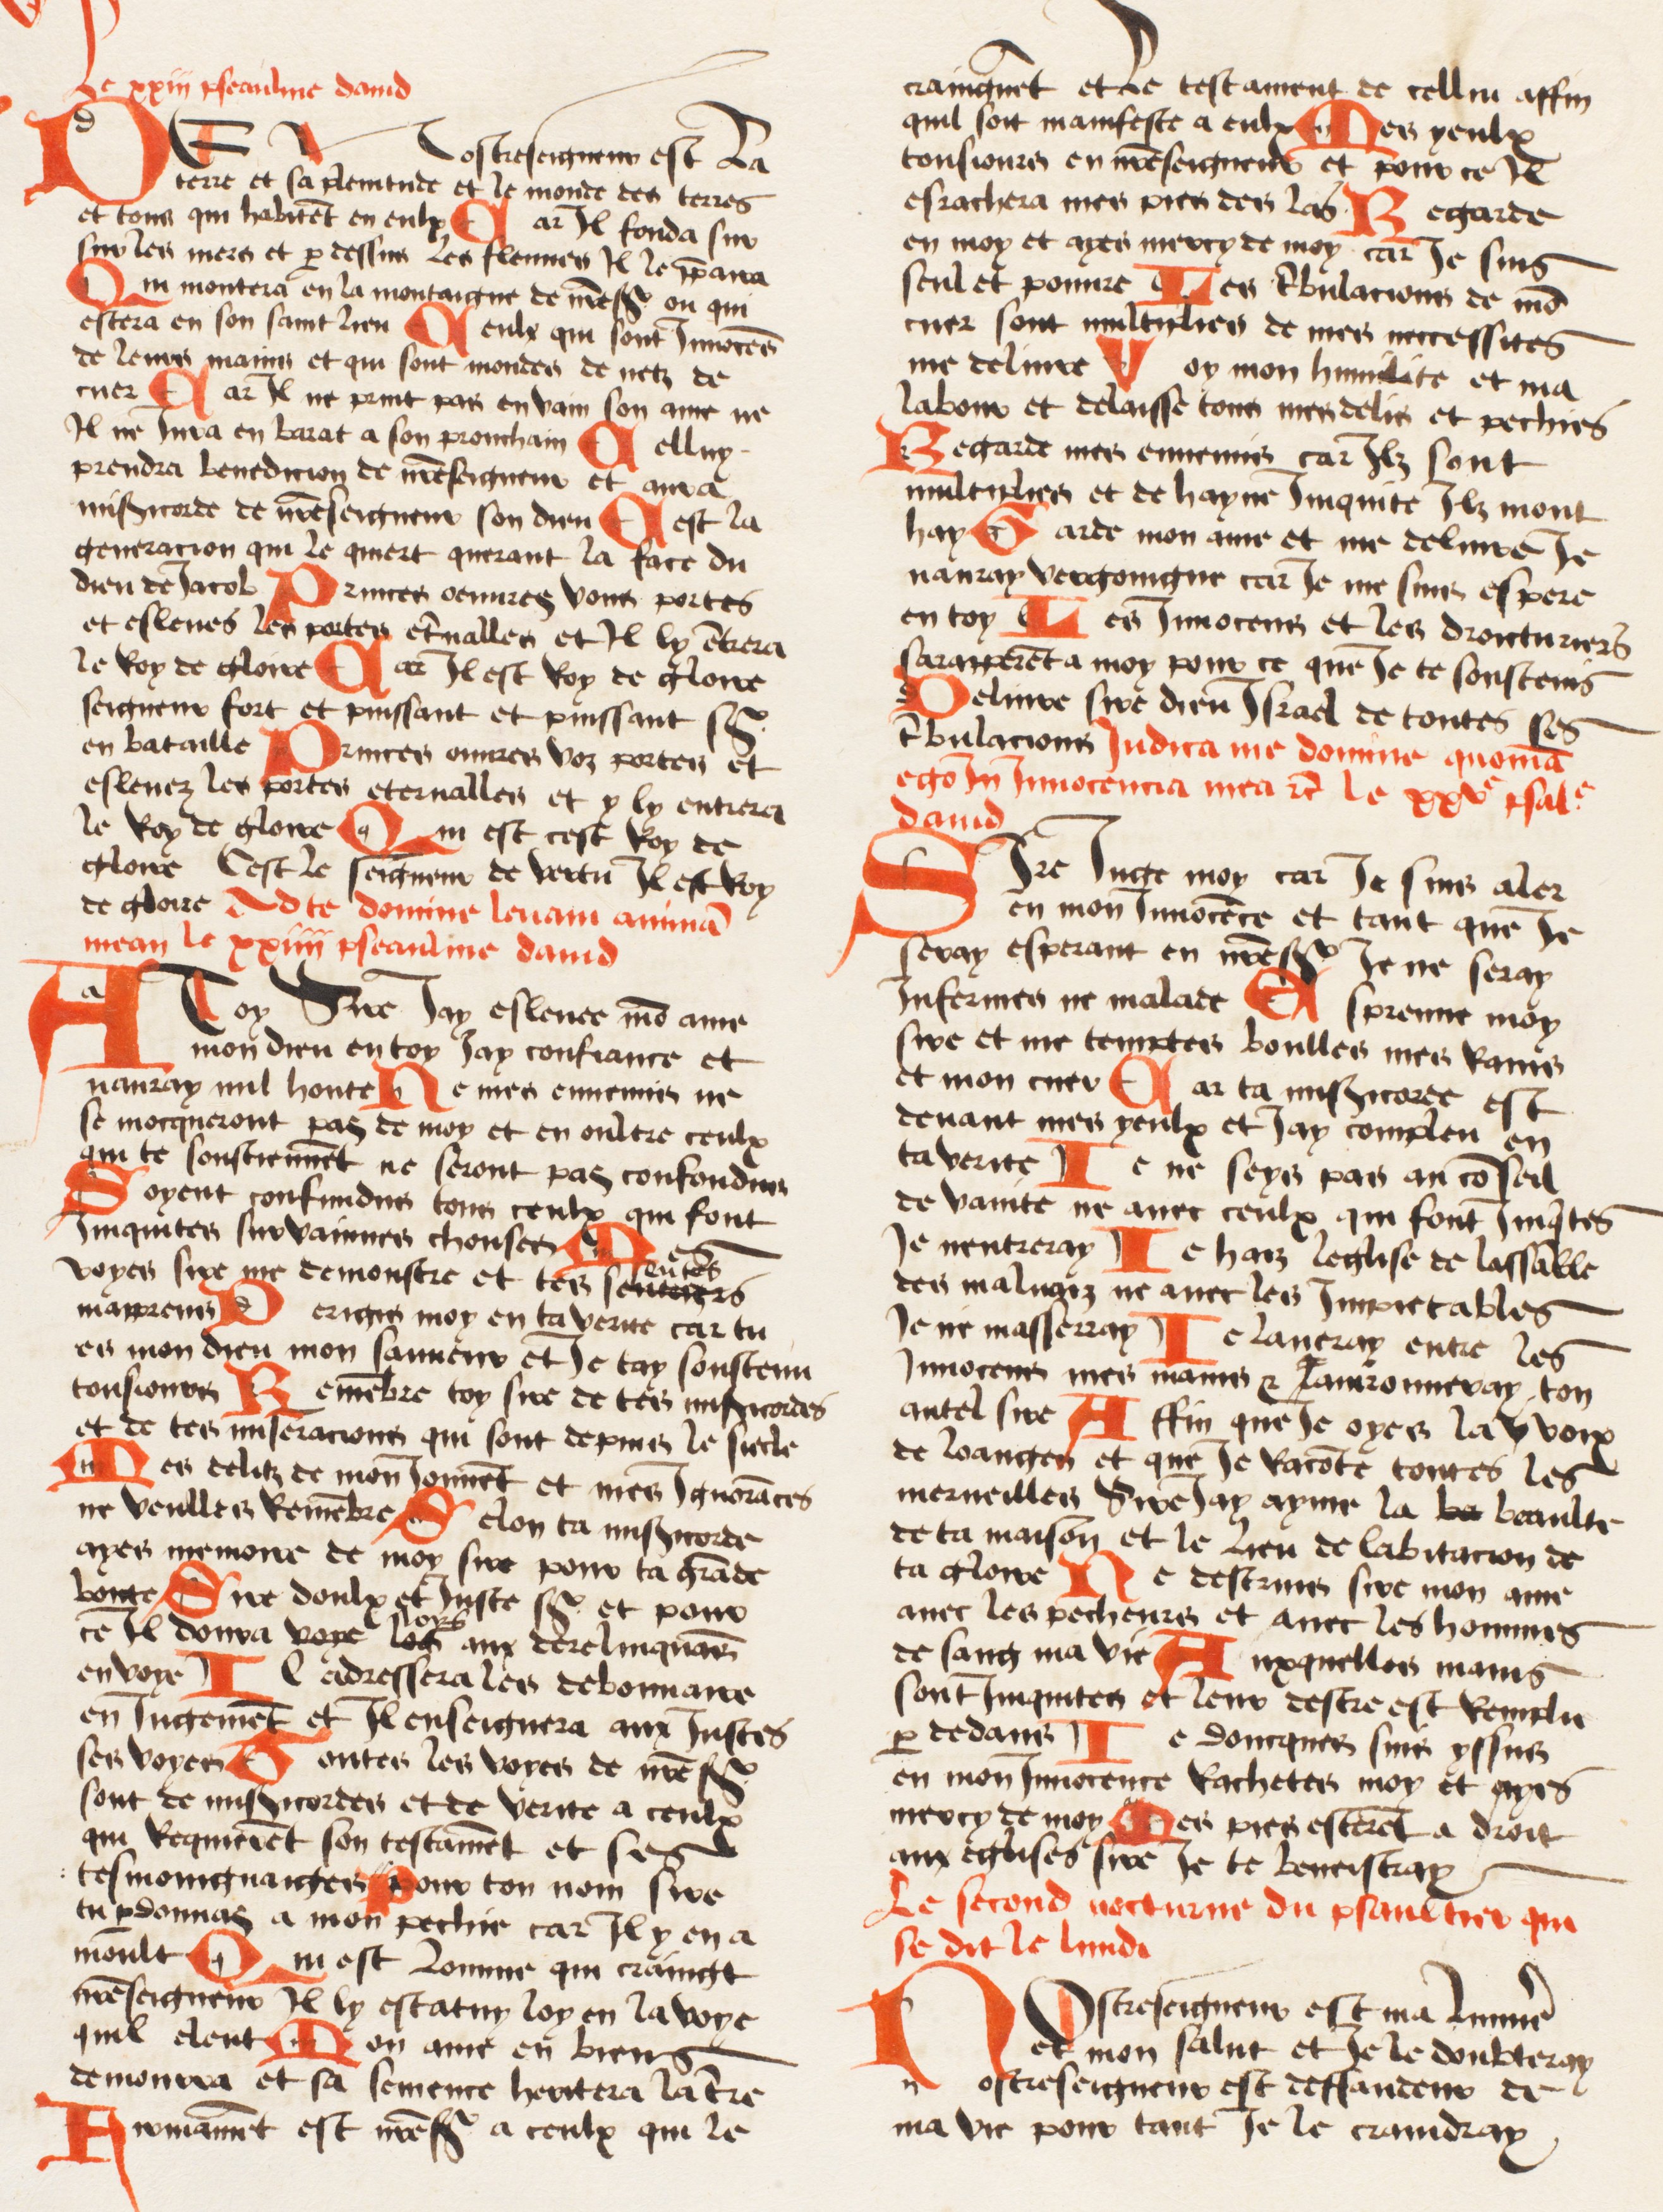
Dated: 1474–1474